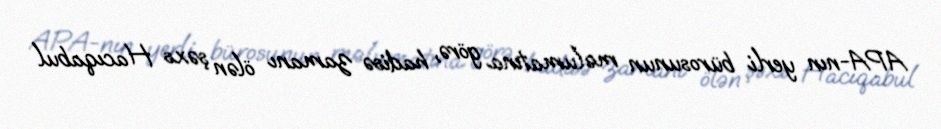
APA-nın yerli bürosunun məlumatına görə, hadisə zamanı ölən şəxs Hacıqabul